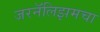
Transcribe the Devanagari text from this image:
जरनॅलिझमचा